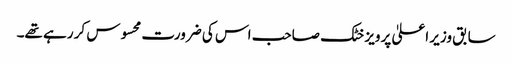
سابق وزیر اعلیٰ پرویز خٹک صاحب اس کی ضرورت محسوس کر رہے تھے۔